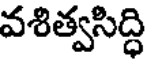
వశిత్వసిద్ధి